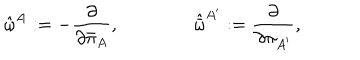
{ \hat { \omega } } ^ { A } : = - { \frac { \partial } { \partial { \bar { \pi } } _ { A } } } , \qquad \qquad { \hat { \bar { \omega } } } ^ { A ^ { \prime } } : = { \frac { \partial } { \partial { \pi } _ { A ^ { \prime } } } } ,